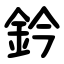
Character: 鈐